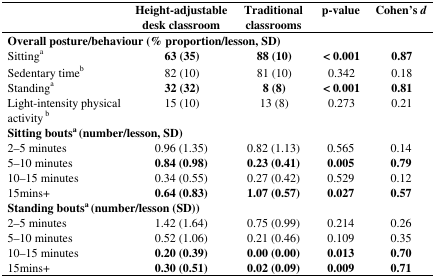
|  | Height-adjustable desk classroom | Traditional classrooms | p-value | Cohen's d |
 | --- | --- | --- | --- | --- |
 | <COLSPAN=5> Overall posture/behaviour (% proportion/lesson, SD) |
 | Sittinga | 63 (35) | 88 (10) | < 0.001 | 0.87 |
 | Sedentary timeb | 82 (10) | 81 (10) | 0.342 | 0.18 |
 | Standinga | 32 (32) | 8 (8) | < 0.001 | 0.81 |
 | Light-intensity physical activityb | 15 (10) | 13 (8) | 0.273 | 0.21 |
 | <COLSPAN=5> Sitting boutsa (number/lesson, SD) |
 | 2–5 minutes | 0.96 (1.35) | 0.82 (1.13) | 0.565 | 0.14 |
 | 5–10 minutes | 0.84 (0.98) | 0.23 (0.41) | 0.005 | 0.79 |
 | 10–15 minutes | 0.34 (0.55) | 0.27 (0.42) | 0.529 | 0.12 |
 | 15mins+ | 0.64 (0.83) | 1.07 (0.57) | 0.027 | 0.57 |
 | <COLSPAN=5> Standing boutsa (number/lesson (SD)) |
 | 2–5 minutes | 1.42 (1.64) | 0.75 (0.99) | 0.214 | 0.26 |
 | 5–10 minutes | 0.52 (1.06) | 0.21 (0.46) | 0.109 | 0.35 |
 | 10–15 minutes | 0.20 (0.39) | 0.00 (0.00) | 0.013 | 0.70 |
 | 15mins+ | 0.30 (0.51) | 0.02 (0.09) | 0.009 | 0.71 |